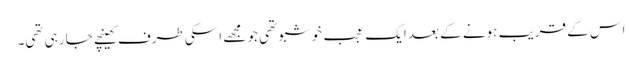
اس کے قریب ہونے کے بعد ایک عجب خوشبو تھی جو مجھے اسکی طرف کھینچے جا رہی تھی۔